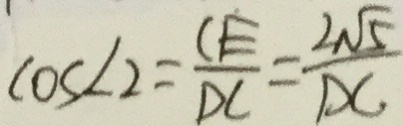
\cos \angle 2 = \frac { C E } { D C } = \frac { 2 \sqrt { 5 } } { D C }